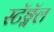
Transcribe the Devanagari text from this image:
स्टॅङ्गॅल